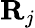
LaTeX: \textbf{R}_{j}